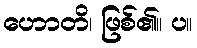
ဟောတိ၊ ဖြစ်၏။ ပ။